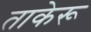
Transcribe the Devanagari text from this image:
ताकेरू